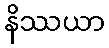
နိဿယာ